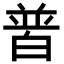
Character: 𤽽